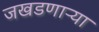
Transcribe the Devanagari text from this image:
जखडणाऱ्या